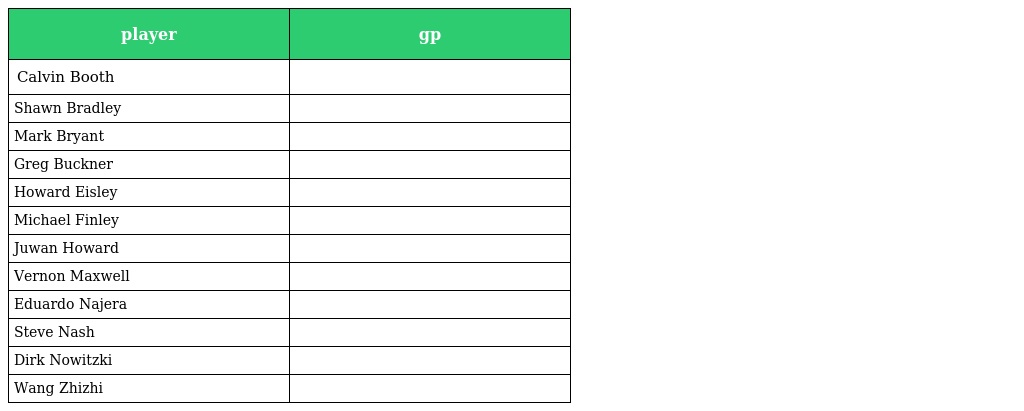
| player | gp |
 | --- | --- |
 | Calvin Booth |  |
 | Shawn Bradley |  |
 | Mark Bryant |  |
 | Greg Buckner |  |
 | Howard Eisley |  |
 | Michael Finley |  |
 | Juwan Howard |  |
 | Vernon Maxwell |  |
 | Eduardo Najera |  |
 | Steve Nash |  |
 | Dirk Nowitzki |  |
 | Wang Zhizhi |  |